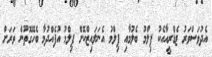
އެދުވަސްވަރު ޓެޑްރީއާއެކު ފިލްމު ބެލުމާއި ފިލްމު އެނަލައިޒްކޮށް ފިލްމު އުފެއްދުމާ ބެހޭގޮތުން ވަރަށް